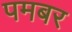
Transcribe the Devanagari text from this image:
पमबर